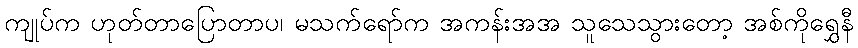
ကျုပ်က ဟုတ်တာပြောတာပ၊ မသက်ရော်က အကန်းအအ သူသေသွားတော့ အစ်ကိုရွှေနီ